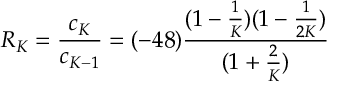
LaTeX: R _ { K } = \frac { c _ { K } } { c _ { K - 1 } } = ( - 4 8 ) \frac { ( 1 - \frac { 1 } { K } ) ( 1 - \frac { 1 } { 2 K } ) } { ( 1 + \frac { 2 } { K } ) }